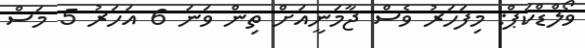
ވޯލްޑްކަޕް: މިފަހަރު ވެސް ޖާމަނީއަށް ތިން ވަނަ 6 އަހަރު 5 މަސް